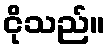
ငိုသည်။